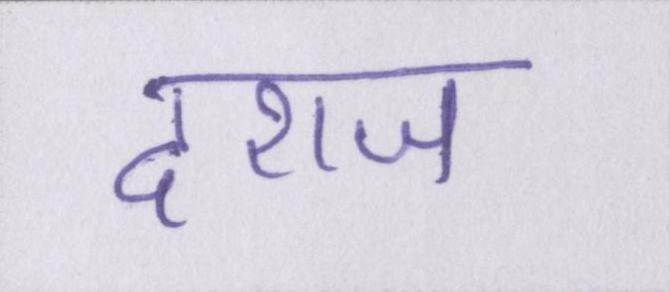
दराज